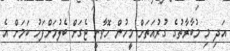
އަދި މި މުބާރާތުގެ ގުރުއަތަށް މީހުން ހޮވާނީ ޓެގަށް ބެލުމަށްފަހު ކަމަށް އެ